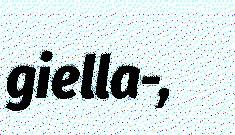
giella-,